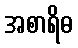
အစာရိဓ